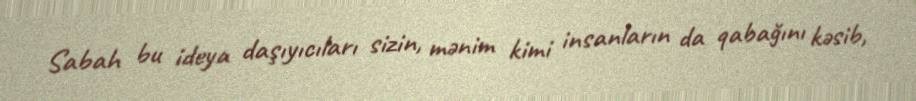
Sabah bu ideya daşıyıcıları sizin, mənim kimi insanların da qabağını kəsib,